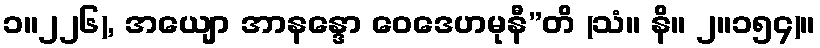
၁။၂၂၆), အယျော အာနန္ဒော ဝေဒေဟမုနီ”တိ (သံ။ နိ။ ၂။၁၅၄)။